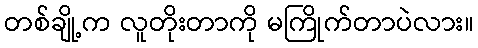
တစ်ချို့က လူတိုးတာကို မကြိုက်တာပဲလား။